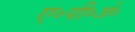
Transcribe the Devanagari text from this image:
ए॰पी॰जे॰